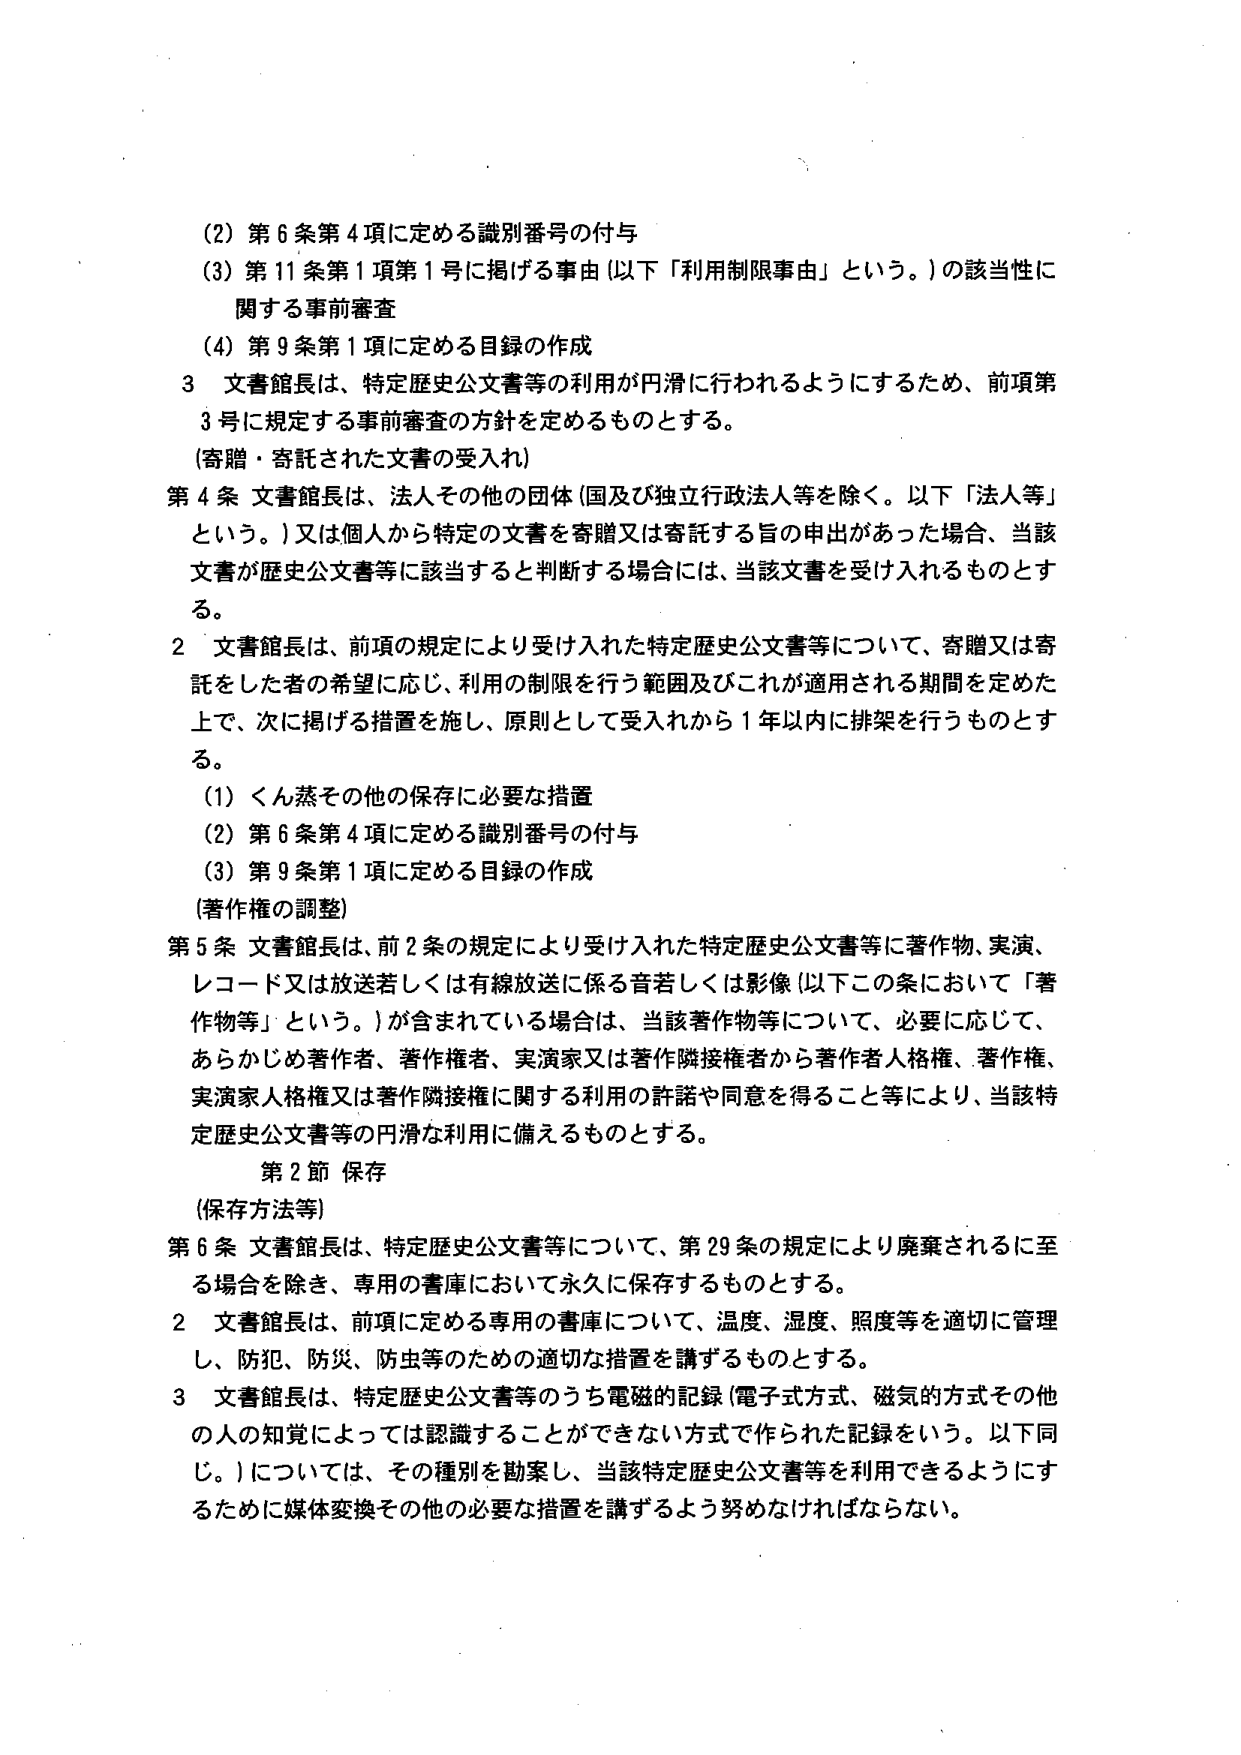
(2) 第6条第4項に定める識別番号の付与
(3) 第11条第1項第1号に掲げる事由（以下「利用制限事由」という。）の該当性に関する事前審査
(4) 第9条第1項に定める目録の作成

3 文書館長は、特定歴史公文書等の利用が円滑に行われるようにするため、前項第3号に規定する事前審査の方針を定めるものとする。

（寄贈・寄託された文書の受入れ）

第4条 文書館長は、法人その他の団体（国及び独立行政法人等を除く。以下「法人等」という。）又は個人から特定の文書を寄贈又は寄託する旨の申出があった場合、当該文書が歴史公文書等に該当すると判断する場合には、当該文書を受け入れるものとする。

2 文書館長は、前項の規定により受け入れた特定歴史公文書等について、寄贈又は寄託をした者の希望に応じ、利用の制限を行う範囲及びこれが適用される期間を定めた上で、次に掲げる措置を施し、原則として受入れから1年以内に排架を行うものとする。
(1) くん蒸その他の保存に必要な措置
(2) 第6条第4項に定める識別番号の付与
(3) 第9条第1項に定める目録の作成

（著作権の調整）

第5条 文書館長は、前2条の規定により受け入れた特定歴史公文書等に著作物、実演、レコード又は放送若しくは有線放送に係る音若しくは影像（以下この条において「著作物等」という。）が含まれている場合は、当該著作物等について、必要に応じて、あらかじめ著作者、著作権者、実演家又は著作隣接権者から著作者人格権、著作権、実演家人格権又は著作隣接権に関する利用の許諾や同意を得ること等により、当該特定歴史公文書等の円滑な利用に備えるものとする。

第2節 保存

（保存方法等）

第6条 文書館長は、特定歴史公文書等について、第29条の規定により廃棄されるに至る場合を除き、専用の書庫において永久に保存するものとする。

2 文書館長は、前項に定める専用の書庫について、温度、湿度、照度等を適切に管理し、防犯、防災、防虫等のための適切な措置を講ずるものとする。

3 文書館長は、特定歴史公文書等のうち電磁的記録（電子式方式、磁気的方式その他の人の知覚によっては認識することができない方式で作られた記録をいう。以下同じ。）については、その種別を勘案し、当該特定歴史公文書等を利用できるようにするために媒体変換その他の必要な措置を講ずるよう努めなければならない。